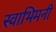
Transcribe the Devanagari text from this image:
स्वाभिमनी